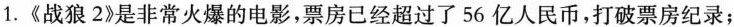
1.《战狼2》是非常火爆的电影，票房已经超过了56亿人民币，打破票房纪录；